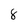
Character: 8